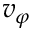
v _ { \varphi }